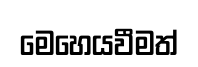
මෙහෙයවීමත්